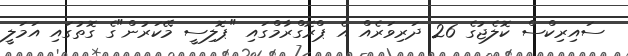
ސައިރިކްސް ކޮލެޖުގެ 26 ދަރިވަރެއް އެ ޕްރޮގްރާމްގައި "ޕޮލިސީ މޭކަރުން"ގެ ގޮތުގައި އަމަލީ